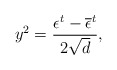
\begin{align*}y^{2} = \frac{\epsilon^{t}-\overline{\epsilon}^{t}}{2 \sqrt{d}}, \end{align*}